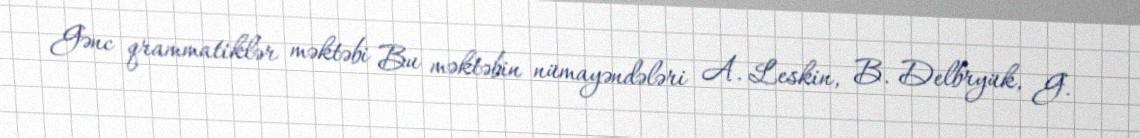
Gənc qrammatiklər məktəbi Bu məktəbin nümayəndələri A. Leskin, B. Delbryük, G.